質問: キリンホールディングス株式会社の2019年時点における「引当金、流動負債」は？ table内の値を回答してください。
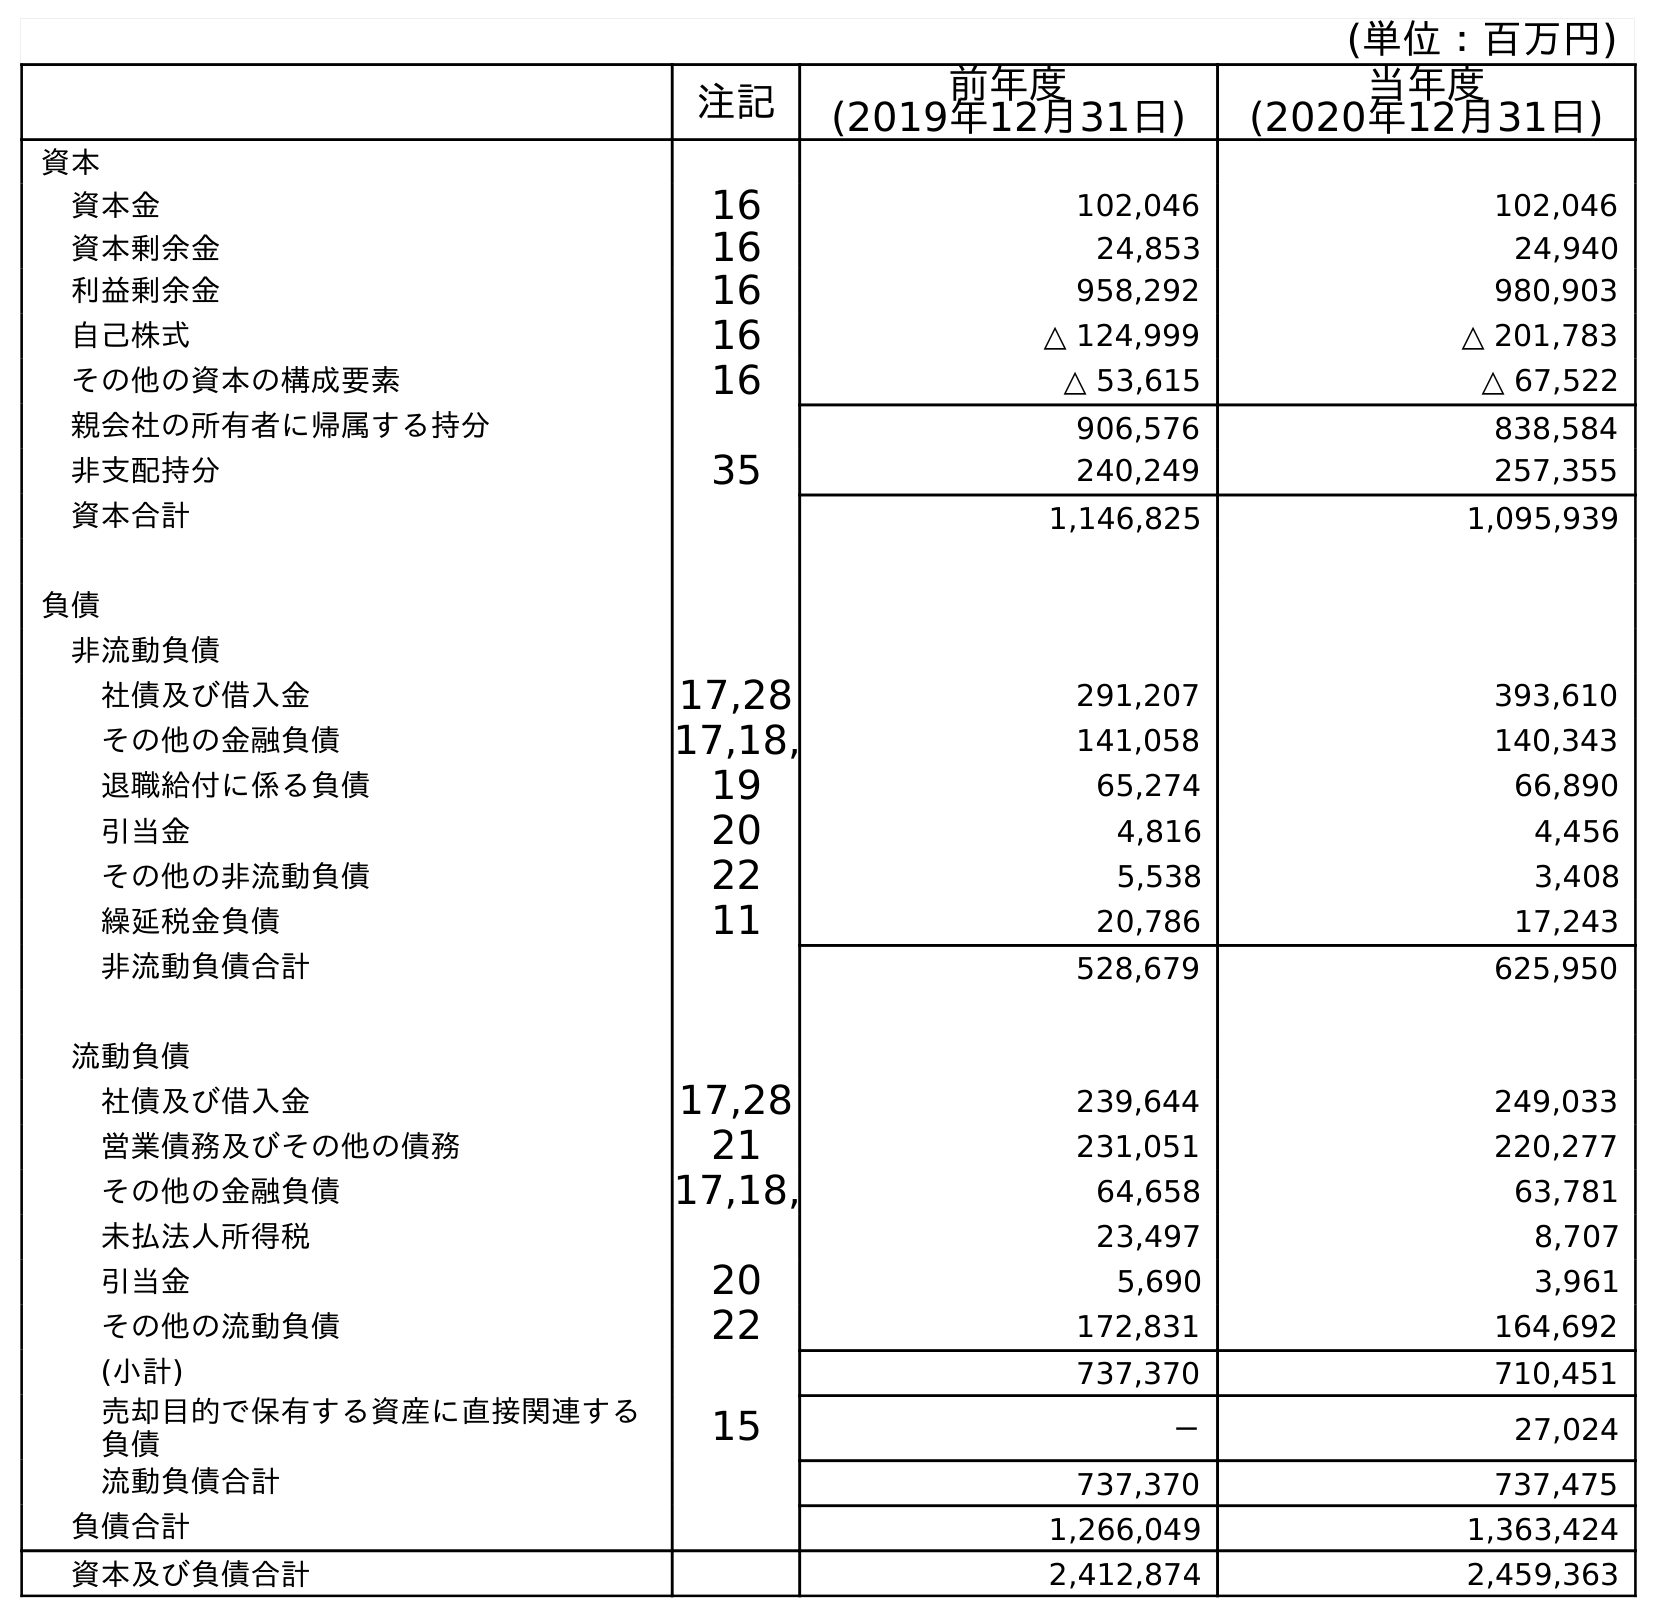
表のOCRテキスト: (単位：百万円) 注記 前年度 (2019年12月31日) 当年度 (2020年12月31日) 資本 資本金 16 102,046 102,046 資本剰余金 16 24,853 24,940 利益剰余金 16 958,292 980,903 自己株式 16 △ 124,999 △ 201,783 その他の資本の構成要素 16 △ 53,615 △ 67,522 親会社の所有者に帰属する持分 906,576 838,584 非支配持分 35 240,249 257,355 資本合計 1,146,825 1,095,939 負債 非流動負債 社債及び借入金 17,28 291,207 393,610 その他の金融負債 17,18, 141,058 140,343 退職給付に係る負債 19 65,274 66,890 引当金 20 4,816 4,456 その他の非流動負債 22 5,538 3,408 繰延税金負債 11 20,786 17,243 非流動負債合計 528,679 625,950 流動負債 社債及び借入金 17,28 239,644 249,033 営業債務及びその他の債務 21 231,051 220,277 その他の金融負債 17,18, 64,658 63,781 未払法人所得税 23,497 8,707 引当金 20 5,690 3,961 その他の流動負債 22 172,831 164,692 (小計) 737,370 710,451 売却目的で保有する資産に直接関連する 負債 15 － 27,024 流動負債合計 737,370 737,475 負債合計 1,266,049 1,363,424 資本及び負債合計 2,412,874 2,459,363
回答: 5,690